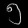
Digit: ၅